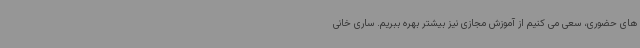
های حضوری، سعی می کنیم از آموزش مجازی نیز بیشتر بهره ببریم. ساری خانی